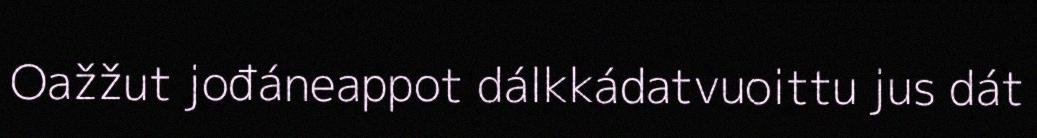
Oažžut jođáneappot dálkkádatvuoittu jus dát